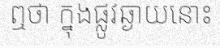
ឮថា ក្នុងផ្លូវឆ្ងាយនោះ